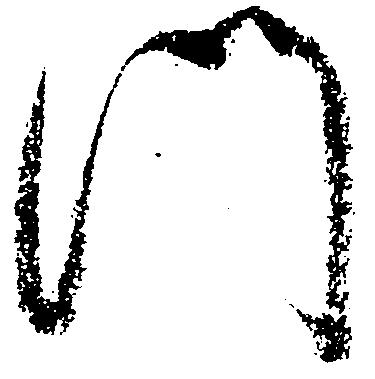
門